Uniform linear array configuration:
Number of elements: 64
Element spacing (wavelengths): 1
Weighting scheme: blackman
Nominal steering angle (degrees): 30
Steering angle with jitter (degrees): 30.262
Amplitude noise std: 0.05
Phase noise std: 0.05

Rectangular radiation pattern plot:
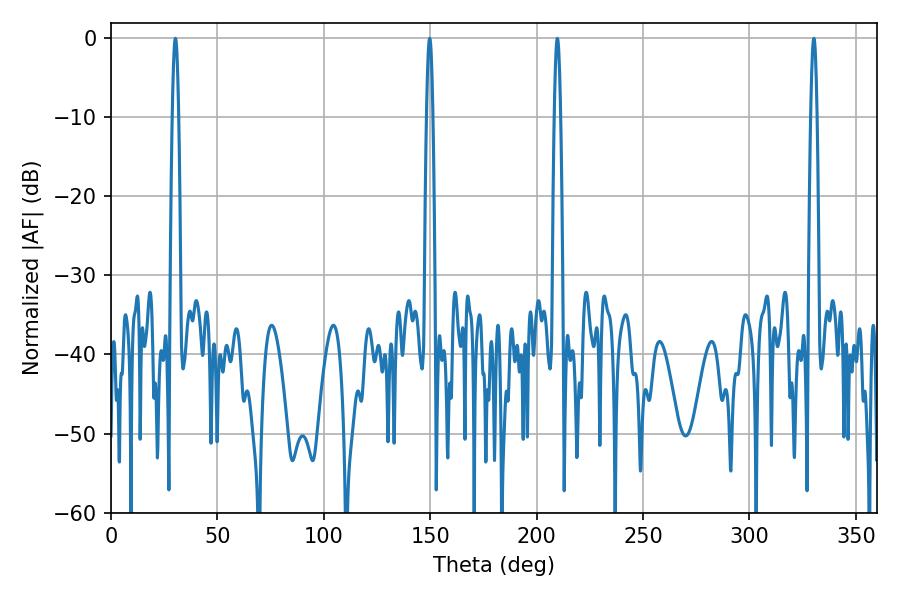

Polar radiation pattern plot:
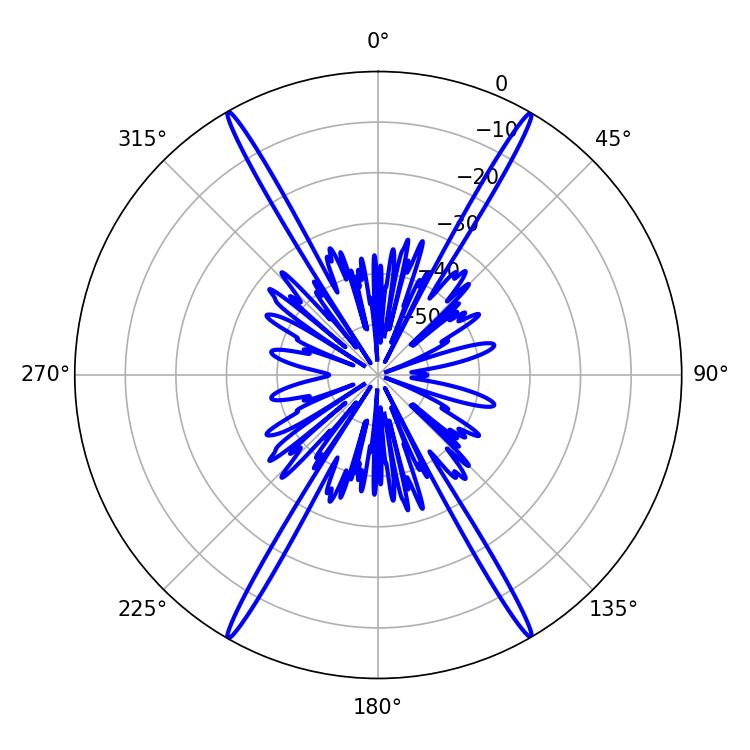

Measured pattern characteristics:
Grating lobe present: TRUE
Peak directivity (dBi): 35.064
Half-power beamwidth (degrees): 1.44
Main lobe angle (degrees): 149.76